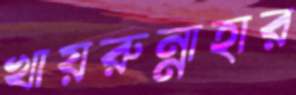
খায়রুন্নাহার